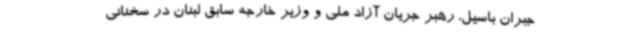
جبران باسیل، رهبر جریان آزاد ملی و وزیر خارجه سابق لبنان در سخنانی